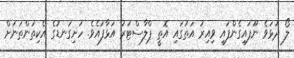
ލޯ ދުޅަވެ ނޫފައިގެންފައި ވިއިރު އަތުގައި އޮތީ ޕްލާސްޓަރު އަޅާފައެވެ. ހަށިގަނޑުގެ އެކިތަންތަނަށް